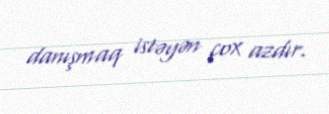
danışmaq istəyən çox azdır.